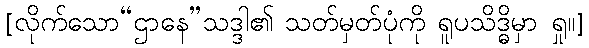
[လိုက်သော“ဌာနေ”သဒ္ဒါ၏ သတ်မှတ်ပုံကို ရူပသိဒ္ဓိမှာ ရှု။]